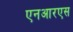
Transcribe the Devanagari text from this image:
एनआरएस